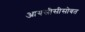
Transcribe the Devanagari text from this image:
आयसीसीसोबत